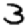
Digit: 3